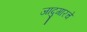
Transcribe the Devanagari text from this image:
जादुगारचे